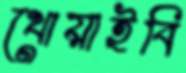
খোয়াইবি